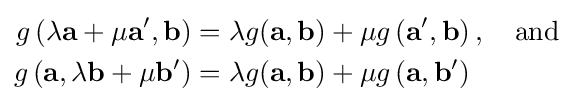
{\begin{aligned}g\left(\lambda \mathbf {a} +\mu \mathbf {a} ',\mathbf {b} \right)&=\lambda g(\mathbf {a} ,\mathbf {b} )+\mu g\left(\mathbf {a} ',\mathbf {b} \right),\quad {\text{and}}\\g\left(\mathbf {a} ,\lambda \mathbf {b} +\mu \mathbf {b} '\right)&=\lambda g(\mathbf {a} ,\mathbf {b} )+\mu g\left(\mathbf {a} ,\mathbf {b} '\right)\end{aligned}}